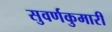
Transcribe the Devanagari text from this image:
सुवर्णकुमारी